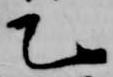
乙